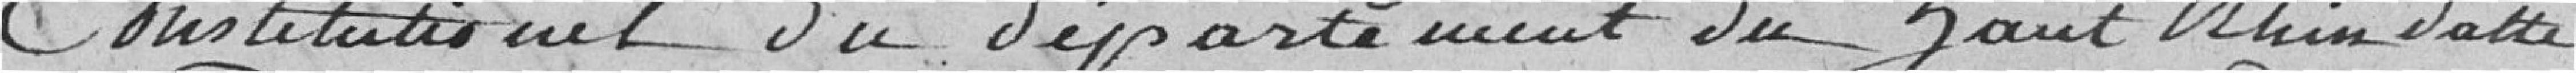
constitutionnel du département du Haut Rhin daté